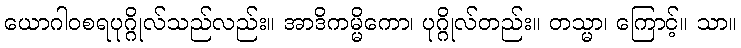
ယောဂါဝစရပုဂ္ဂိုလ်သည်လည်း။ အာဒိကမ္မိကော၊ ပုဂ္ဂိုလ်တည်း။ တသ္မာ၊ ကြောင့်။ သာ။